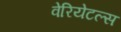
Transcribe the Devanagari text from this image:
वेरियेटल्स